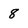
Character: 8